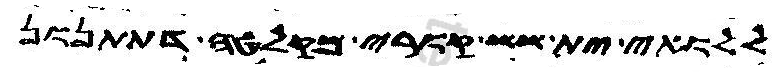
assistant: ללואי ית ששת קורי מקלטה דתתנון